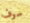
سوف